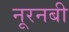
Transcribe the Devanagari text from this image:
नूरनबी